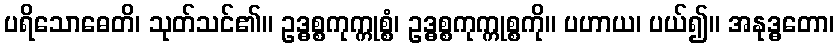
ပရိသောဓေတိ၊ သုတ်သင်၏။ ဥဒ္ဓစ္စကုက္ကုစ္စံ၊ ဥဒ္ဓစ္စကုက္ကုစ္စကို။ ပဟာယ၊ ပယ်၍။ အနုဒ္ဓတော၊